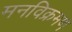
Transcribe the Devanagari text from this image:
मनविक्रमण